Civil Veterinary Dept. North-West Frontier Province 1901-22 - 1901-1922
Year: 1901
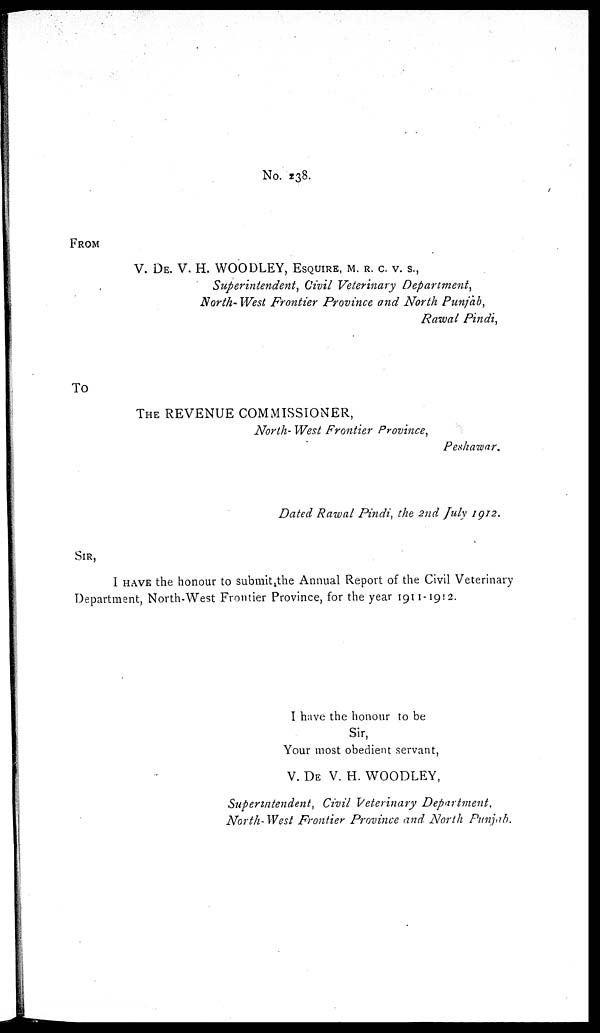
No. 238.
FROM
V. DE. V. H. WOODLEY, ESQUIRE, M. R. C. V. S.,
Superintendent, Civil Veterinary Department,
North- West Frontier Province and North Punjab,
Rawal Pindi,
To
THE REVENUE COMMISSIONER,
North- West Frontier Province,
Peshawar.
Dated Rawal Pindi, the 2nd July 1912.
SIR,
I HAVE the honour to submit the Annual Report of the Civil Veterinary
Department, North-West Frontier Province, for the year 1911-1912.
I have the honour to be
Sir,
Your most obedient servant,
V. DE V. H. WOODLEY,
Superintendent, Civil Veterinary Department,
North-West Frontier Province and. North Punjab.